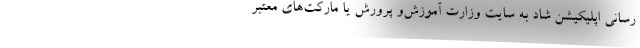
رسانی اپلیکیشن شاد به سایت وزارت آموزش‌و پرورش یا مارکت‌های معتبر